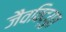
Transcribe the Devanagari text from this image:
जैवविद्युत